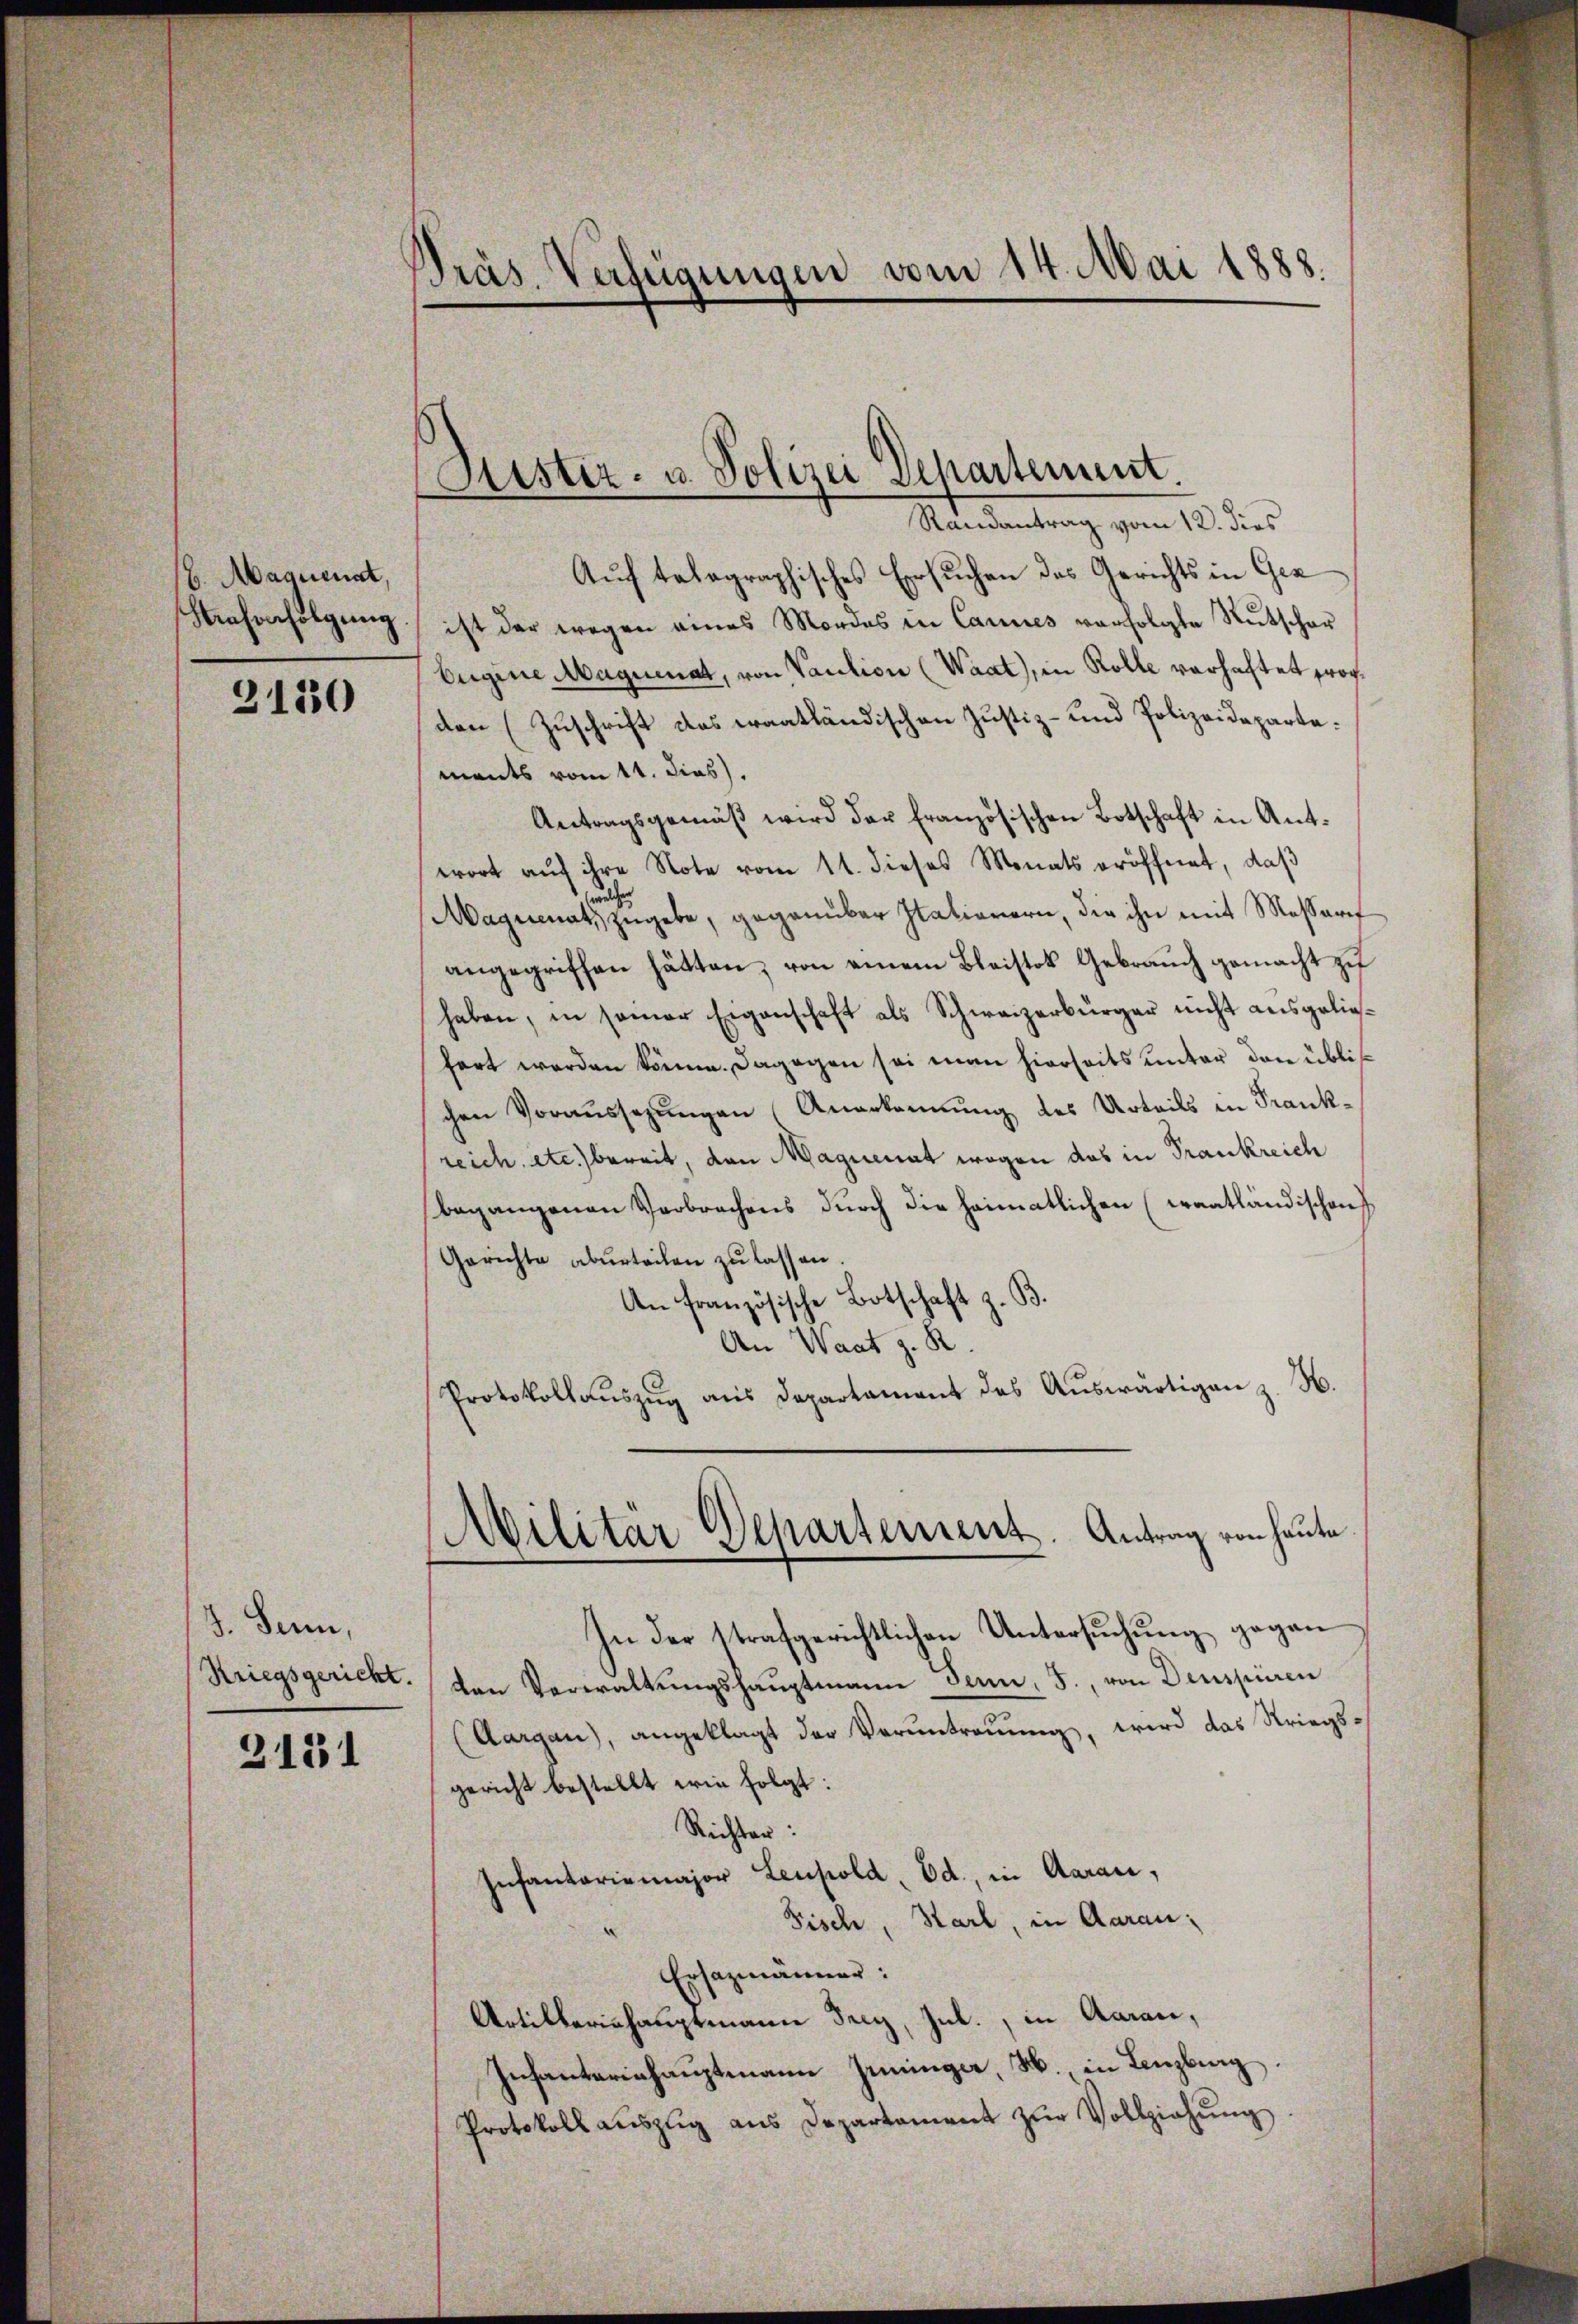
6. Maquerat,
Hiehenfolgung

3130

I. Senn,
Rriegsgericht.

2131

Präs. Verfügungen vom 14. Mai 1888.

Sistiz- u. Polizei Departement.
Randantrag vom 12. dies

Auf telegraphisches Ersuchen des Gerichts in Ger
ist der wegen eines Mordes in Cannes verfolgte Rutscher
Eugine Maguenat, von Vaution (Waat), in Rolle verhaftet worden Zuschrift das eraatländischen Justiz- und Polizeideparte:
ments vom 11. dies).
Antragsgemäβ wird der französischen Botschaft in Antwort auf ihre Note vom 11. dieses Monats eröffnet, daß
a
Maguenat zugebe, gegenüber Italienern, die ihn mit Mossarif
angegriffen hätten, von einem Bleistok Gebraŭch gemacht zu
haben, in seiner Eigenschaft als Schweizerbürger nicht ausgeliefert werden könne. Dagegen sei man hierseits unter den üblis
chen Voraussezungen (Anerkennung des Urteils in Frankreich etc.) bereit, den Magnienat wegen das in Frankreich
Begangenen Verbrechens durch die heimatlichen (Kraatländischen
Gerichte aburteilen zu lassen.
An französische Botschaft z. B.
An Waat z. R.
Protokollaŭszŭg aŭs Departament des Aŭswärtigen z. H.

zu der strafgerichtlichen Untersuchung gegen
ten Verwaltungshauptmann Juni, 5., von Deuspüren
(Aargau), angeklagt der Verantrauung, wird das Kriegsgericht bestellt wie folgt:
Richter:
Infantariamajor Leupold. Ed., in Aarau,
Fisch, Karl, in Aarau
u
Ersatzmänner:
Artillerishauptmann Frey, Jul., in Aarau,
Infantarishauptmann Juninger, M., in Lenzburg
Protokoll aŭszŭg aŭs Departament zŭr Vollziehŭng

Militär Departement. Antrag von heute